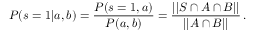
P ( s = 1 | a , b ) = \frac { P ( s = 1 , a ) } { P ( a , b ) } = \frac { | | S \cap A \cap B | | } { | | A \cap B | | } \, .